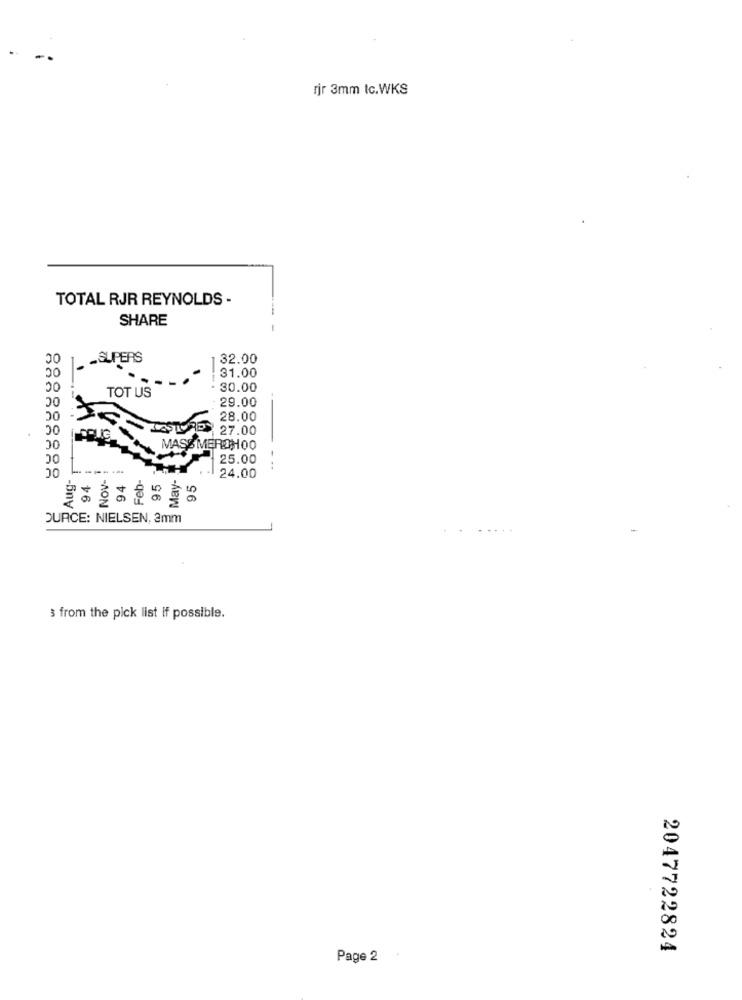
rjr 3mm Ic.WKS
TOTAL RJR REYNOLDS -
SHARE
OC
1. - SUPERS
32.00
31.00
20
30
TOT US
30.00
29.00
00
50
28.00
00
LESTORE
27.00
00
MASS MEROM OO
00
OC
25.00
-----
Nov-
May-
Aug-
94
94
Feb-
95
95
24.00
OURCE: NIELSEN, 2mm
3 from the pick list if possible.
2047722824
Page 2